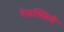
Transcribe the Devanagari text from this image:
रेसस्सिवे